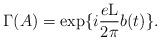
LaTeX: \begin{align*}\Gamma (A) = \exp\{i \frac{e{\rm L}}{2\pi} b(t)\} .\end{align*}